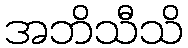
အဘိသီသိ